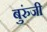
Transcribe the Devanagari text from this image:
बुरुंजी